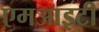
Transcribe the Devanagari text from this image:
एमआइटी